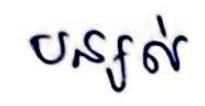
បន្សល់